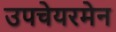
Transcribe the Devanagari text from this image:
उपचेयरमेन